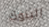
البنوك